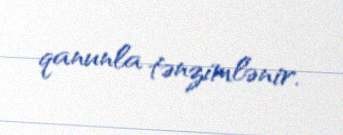
qanunla tənzimlənir.